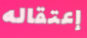
إعتقاله